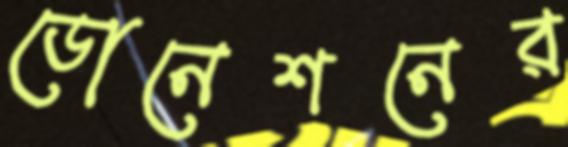
ডোনেশনের